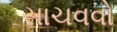
સાચવવો